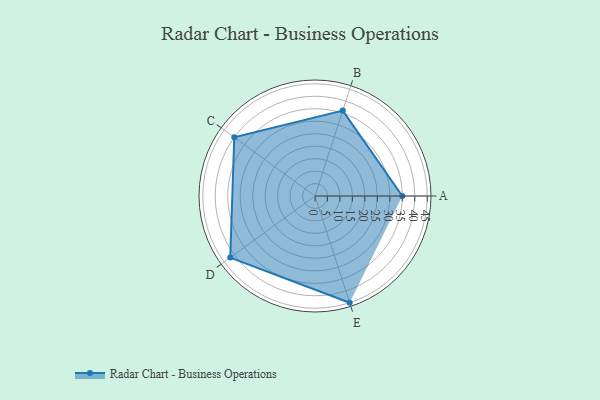
{"axis": {"x": "Skill", "y": "Score"}, "legend": ["Profile"], "data": [{"x": "A", "y": 35.0, "type": "Profile"}, {"x": "B", "y": 36.0, "type": "Profile"}, {"x": "C", "y": 40.0, "type": "Profile"}, {"x": "D", "y": 42.0, "type": "Profile"}, {"x": "E", "y": 45.0, "type": "Profile"}]}